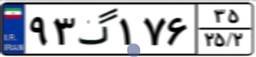
۹۳گ۱۷۶۳۵